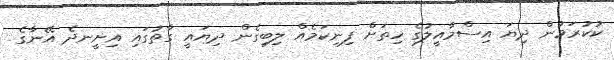
ކުކުރަމުން ދިޔަ އިސްމާއީލުގެ ހިތަށް ފިނިކަމެއް ލިބިގެން ދިޔައީ ގާތުގައި އިށީނދެ އޭނާގެ